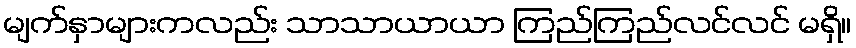
မျက်နှာများကလည်း သာသာယာယာ ကြည်ကြည်လင်လင် မရှိ။